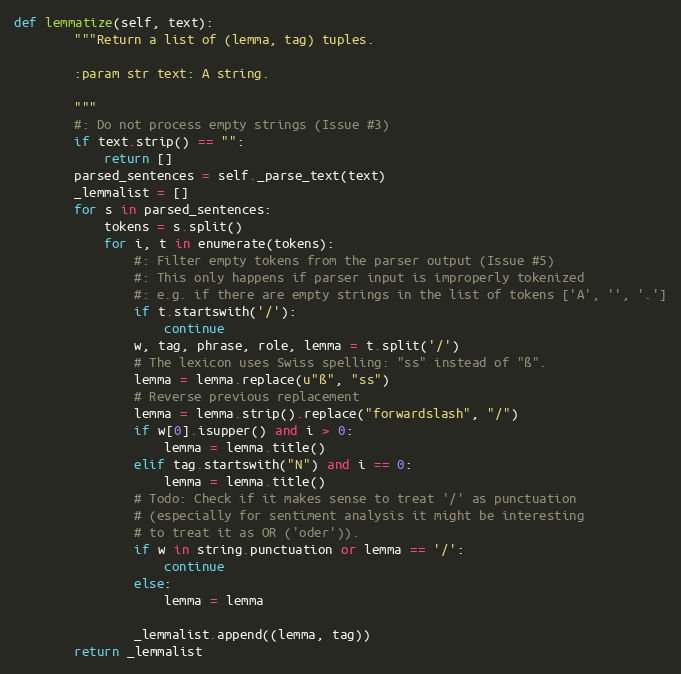
Language: Python
def lemmatize(self, text):
        """Return a list of (lemma, tag) tuples.

        :param str text: A string.

        """
        #: Do not process empty strings (Issue #3)
        if text.strip() == "":
            return []
        parsed_sentences = self._parse_text(text)
        _lemmalist = []
        for s in parsed_sentences:
            tokens = s.split()
            for i, t in enumerate(tokens):
                #: Filter empty tokens from the parser output (Issue #5)
                #: This only happens if parser input is improperly tokenized
                #: e.g. if there are empty strings in the list of tokens ['A', '', '.']
                if t.startswith('/'):
                    continue
                w, tag, phrase, role, lemma = t.split('/')
                # The lexicon uses Swiss spelling: "ss" instead of "ß".
                lemma = lemma.replace(u"ß", "ss")
                # Reverse previous replacement
                lemma = lemma.strip().replace("forwardslash", "/")
                if w[0].isupper() and i > 0:
                    lemma = lemma.title()
                elif tag.startswith("N") and i == 0:
                    lemma = lemma.title()
                # Todo: Check if it makes sense to treat '/' as punctuation
                # (especially for sentiment analysis it might be interesting
                # to treat it as OR ('oder')).
                if w in string.punctuation or lemma == '/':
                    continue
                else:
                    lemma = lemma

                _lemmalist.append((lemma, tag))
        return _lemmalist